Indian journal of veterinary science and animal husbandry - Volume 13,
Year: 1943
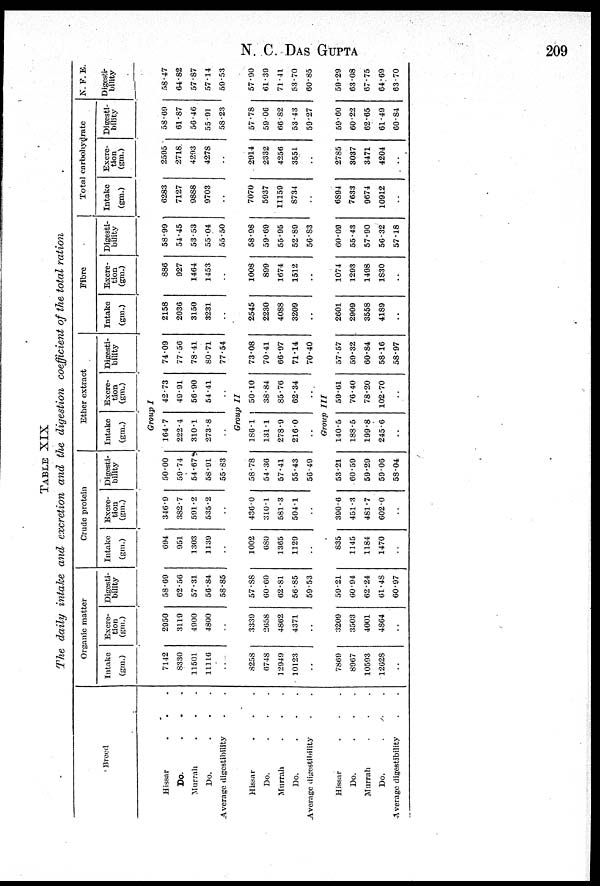
N.
C.
DAS
GUPTA
209
TABLE XIX
The daily intake and excretion and the digestion coefficient of the total ration
Breed
Hissar . . .
Do.
.
.
.
Murrah . . .
Do.
.
.
.
Average digestibility . .
Hissar . . .
Do.
.
.
.
Murrah . . .
Do. . . .
Average digestibility . .
Hissar . . .
Do. . . .
Murrah . . .
Do.
.
.
.
Average digestibility . .
Organic matter
Intake
(gm.)
Excre-
tion
(gm.)
Digesti-
bility
Crude protein
Intake
(gm.)
Excre-
tion
(gm.)
Digesti-
bility
Ether extract
Intake
(gm.)
Excre-
tion
(gm.)
Digesti-
bility
Fibre
Intake
(gm.)
Excre-
tion
(gm.)
Digesti-
bility
Total carbohydrate
Intake
(gm.)
Excre-
tion
(gm.)
Digesti-
bility
N. F. E.
Digesti-
bility
Group I
7142
8330
11501
11116
..
2950
3119
4900
4800
..
58.69
62.56
57.31
56.84
58.85
694
951
1303
1139
..
346.9
382.7
591.2
535.2
..
50.00
59.74
54.67
58.91
55.83
164.7
222.4
310.1
273.8
..
42.73
49.91
56.90
54.41
..
74.09
77.56
78.41
80.71
77.54
2158
2036
3150
3231
..
886
927
1464
1453
..
58.99
54.45
53.53
55.04
55.50
6283
7127
9888
9703
..
2595
2718.
4293
4278
..
58.69
61.87
56.46
55.91
58.23
58.47
64.82
57.87
57.14
59.53
Group II
8258
6748
12949
10123
..
3339
2658
4862
4371
..
57.88
60.60
62.81
56.85
59.53
1002
680
1365
1129
..
436.0
310.1
581.3
504.1
..
58.78
54.36
57.41
55.43
56.49
186.1
131.1
278.9
216.0
..
50.10
38.84
85.76
62.34
..
73.08
70.41
66.97
71.14
70.40
2545
2230
4088
3209
..
1008
899
1674
1512
..
58.98
59.69
55.95
52.89
56.83
7070
5937
11159
8734
..
2914
2332
4256
3551
..
57.78
59.06
66.82
53.43
59.27
57.90
61.39
71.41
53.70
60.85
Group III
7869
8967
10593
12628
..
3209
3503
4001
4864
..
59.21
60.94
62.24
61.48
60.97
835
1145
1184
1470
..
390.6
451.3
481.7
602.0
..
53.21
60.59
59.29
59.06
58.04
140.5
188.5
199.8
245.6
..
59.61
76.40
78.20
102.70
..
57.57
59.32
60.84
58.16
58.97
2601
2909
3558
4189
..
1074
1293
1498
1830
..
60.09
55.43
57.90
56.32
57.18
6894
7633
9674
10912
..
2785
3037
3471
4204
..
59.60
60.22
62.65
61.49
60.84
59.29
63.08
67.75
64.69
63.70